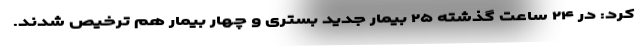
کرد: در ۲۴ ساعت گذشته ۲۵ بیمار جدید بستری و چهار بیمار هم ترخیص شدند.